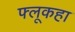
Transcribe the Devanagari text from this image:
फ्लूकहा